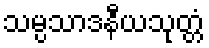
သမ္ပသာဒနီယသုတ္တံ